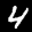
Label: 4